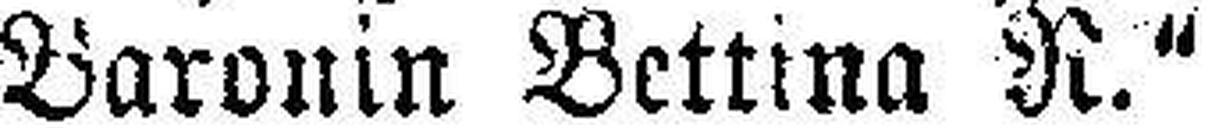
Baronin Bettina N.“